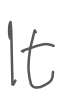
Text: It
Cross-out: clean
Writing tool: digital_gray